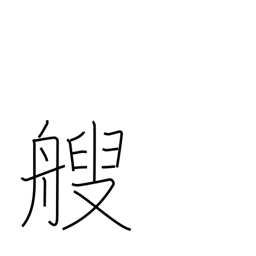
Meaning: counter for small boats